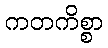
ကတကိစ္စာ